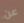
عن